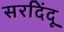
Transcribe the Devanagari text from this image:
सरदिंदू